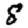
Digit: 8